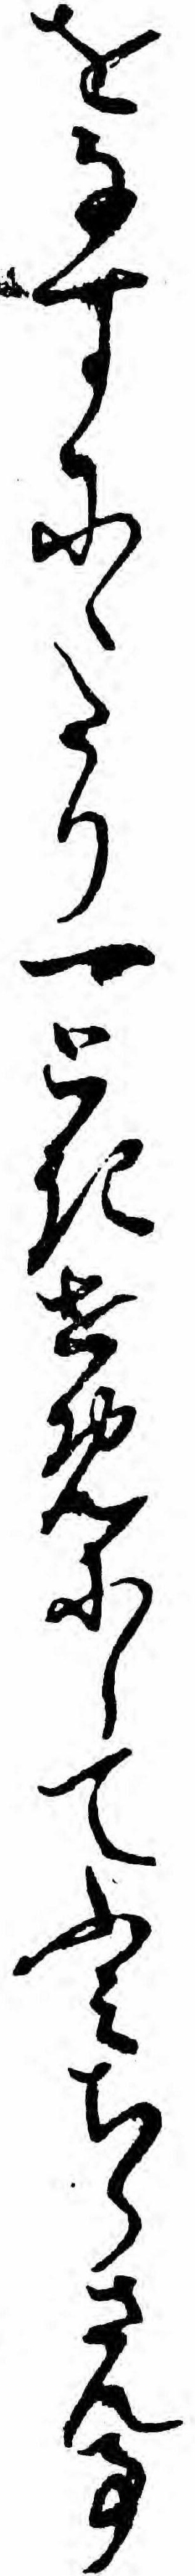
をなすにゝたり一ときせめにしてふミちらさん事